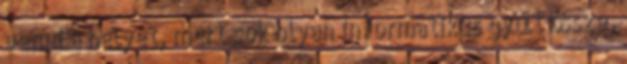
venni a helyet, mert sok olyan informatikus gyűlt össze,